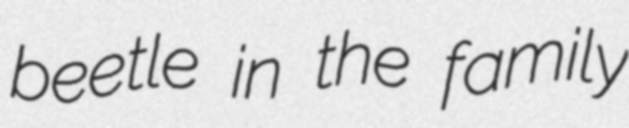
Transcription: beetle in the family